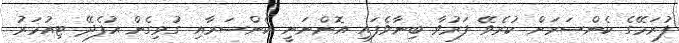
ފުރަމޭގެ ކެންސަރަށް ކުރެވޭ ފަރުވާ ބިނާވެފައި އޮންނަނީ ކެންސަރާއި ގުޅިގެން އުފެދޭ ޓިއުމަރު